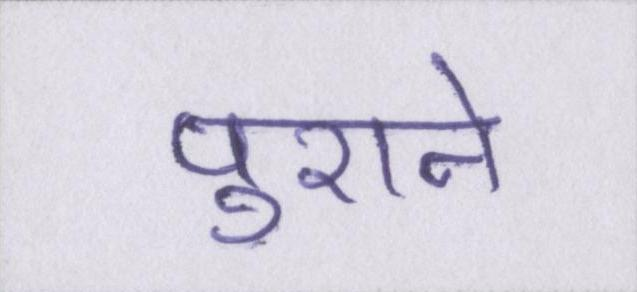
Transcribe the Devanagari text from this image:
पुराने